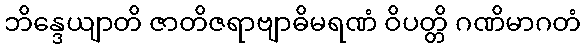
ဘိန္ဒေယျာတိ ဇာတိဇရာဗျာဓိမရဏံ ဝိပတ္တိ ဂဏိမာဂတံ